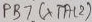
Text: PB7